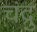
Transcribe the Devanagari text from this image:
चंद्रु